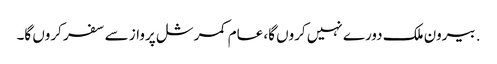
. بیرون ملک دورے نہیں کروں گا، عام کمرشل پرواز سے سفر کروں گا۔